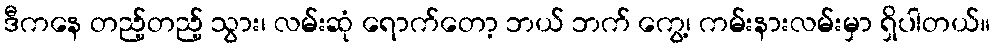
ဒီကနေ တည့်တည့် သွား၊ လမ်းဆုံ ရောက်တော့ ဘယ် ဘက် ကွေ့၊ ကမ်းနားလမ်းမှာ ရှိပါတယ်။